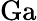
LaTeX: \mathrm{Ga}